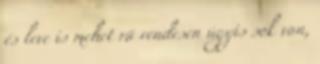
és leve is mehet rá rendesen úgyis sok van,